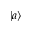
| a \rangle